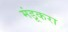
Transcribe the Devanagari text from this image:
मंडूकरा